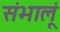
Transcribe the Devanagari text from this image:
संभालूं